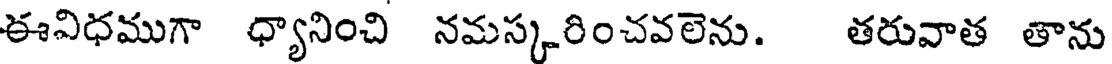
ఈవిధముగా ధ్యానించి నమస్కరించవలెను. తరువాత తాను